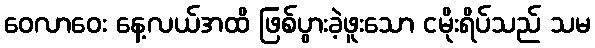
ဝေလာဝေး နေ့လယ်အထိ ဖြစ်ပွားခဲ့ဖူးသော ငမိုးရိပ်သည် သမ